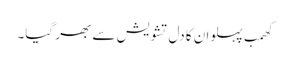
کھمب پہلوان کا دل تشویش سے بھر گیا۔